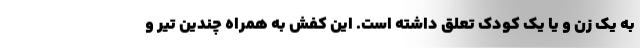
به یک زن و یا یک کودک تعلق داشته است. این کفش به همراه چندین تیر و